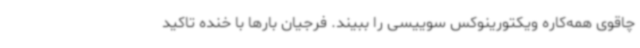
چاقوی همه‌کاره ویکتورینوکس سوییسی را ببیند. فرجیان بارها با خنده تاکید